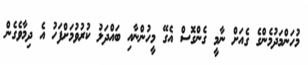
މުހަންމަދުމެންގެ ގެއަށް ނާމީ ގެންގޮސް އެގޭ މީހުންނާއި ބައްދަލު ކުރުވުމަށްފަހު އެ ދިމާވެގެން